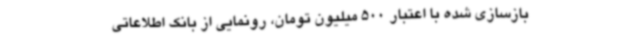
بازسازی شده با اعتبار 500 میلیون تومان، رونمایی از بانک اطلاعاتی